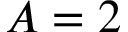
A = 2